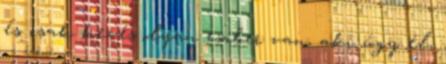
és csak kevés olyan ember van, aki úgy él,